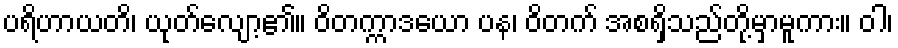
ပရိဟာယတိ၊ ယုတ်လျော့၏။ ဝိတက္ကာဒယော ပန၊ ဝိတက် အစရှိသည်တို့မှာမူကား။ ဝါ၊